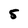
Character: 5